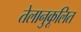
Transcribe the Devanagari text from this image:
तेलानुकूलित